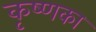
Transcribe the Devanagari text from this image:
कृष्णका